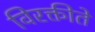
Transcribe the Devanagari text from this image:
विरक्तीते